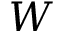
W